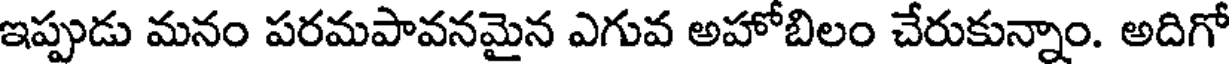
ఇప్పుడు మనం పరమపావనమైన ఎగువ అహోబిలం చేరుకున్నాం. అదిగో